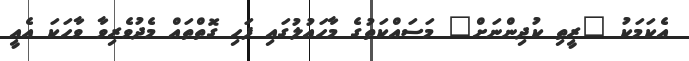
އެކަމަކު "ރީތި ކުދިންނަށް" މަސައްކަތުގެ މާހައުލުގައި ފަހި ގޮތްތައް މެދުވެރިވާ ވާހަކަ އެއީ